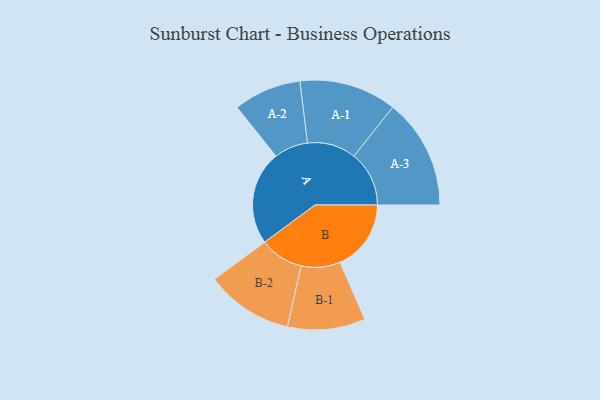
{"axis": {"x": "Segment", "y": "Value"}, "legend": ["", "A", "B"], "data": [{"x": "A", "y": 394, "type": ""}, {"x": "B", "y": 298, "type": ""}, {"x": "A-1", "y": 204, "type": "A"}, {"x": "A-2", "y": 142, "type": "A"}, {"x": "A-3", "y": 231, "type": "A"}, {"x": "B-1", "y": 163, "type": "B"}, {"x": "B-2", "y": 183, "type": "B"}]}